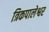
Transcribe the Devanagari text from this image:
त्रिकपालेश्वर